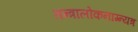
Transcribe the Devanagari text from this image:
तन्त्रालोकनाग्न्यत्र